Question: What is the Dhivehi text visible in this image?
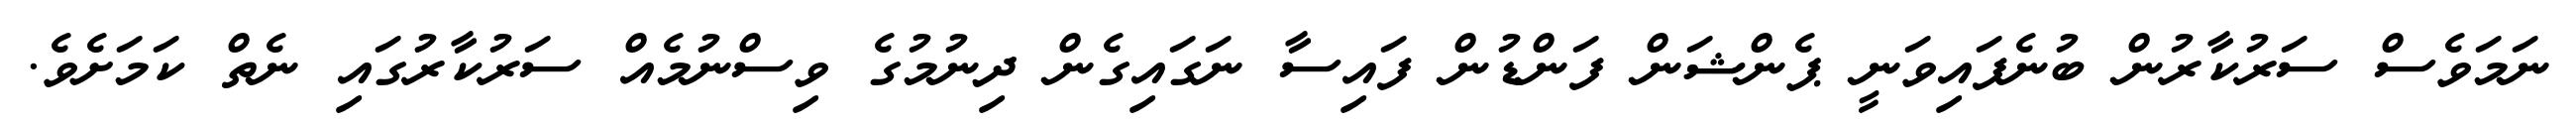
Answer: ނަމަވެސް ސަރުކާރުން ބުނެފައިވަނީ ޕެންޝަން ފަންޑުން ފައިސާ ނަގައިގެން ދިނުމުގެ ވިސްނުމެއް ސަރުކާރުގައި ނެތް ކަމަށެވެ.